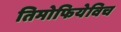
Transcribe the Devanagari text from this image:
तिमोफियेविच